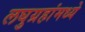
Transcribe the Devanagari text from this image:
लघुग्रहांमध्ये